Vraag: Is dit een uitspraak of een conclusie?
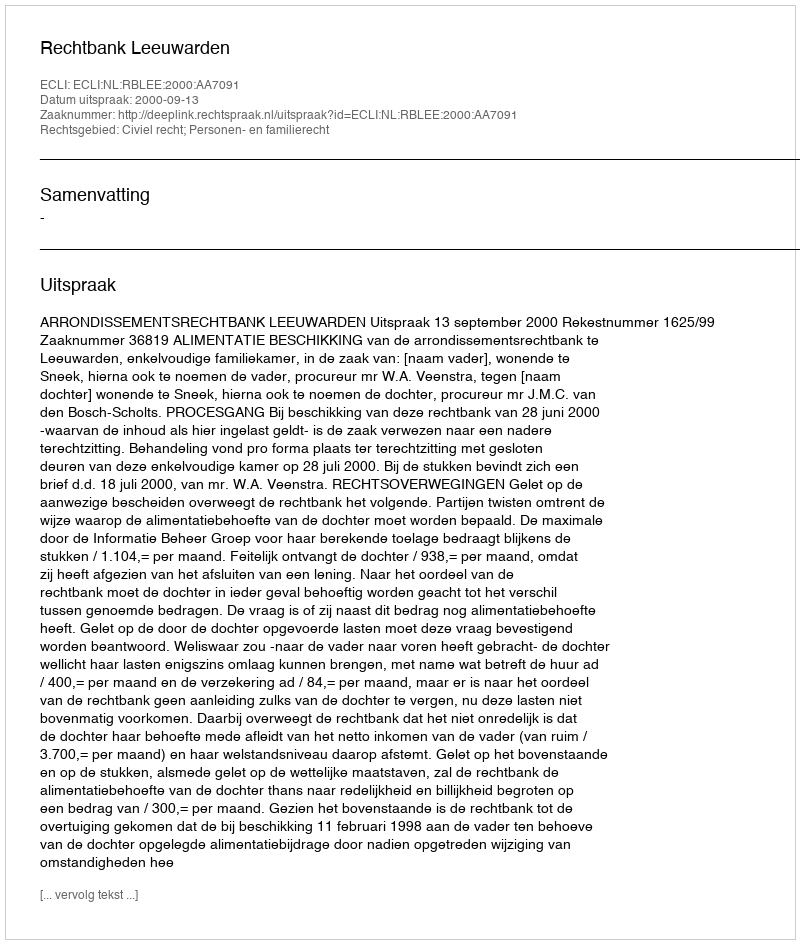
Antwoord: Uitspraak